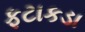
ફટાકડા